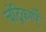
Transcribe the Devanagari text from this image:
चंद्रिकाएँ